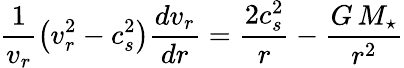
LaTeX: \frac{1}{v_{r}}\left(v_{r}^{2}-c_{s}^{2}\right)\frac{dv_{r}}{dr}=\frac{2c_{s}^{2}}{r}-\frac{G\, M_{\star}}{r^{2}}